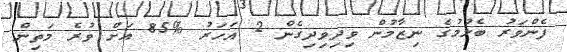
ފެންވަރު ބެލުމުގެ ނިޒާމުން ވިދިވިދިގެން 2 އަހަރު %85 އަށް ވުރެ މަތިން